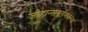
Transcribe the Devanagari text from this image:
जोहान्सबर्गमधल्या